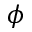
\phi